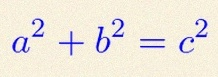
a^2+b^2=c^2